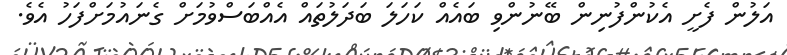
އަލުން ފެށީ އެކުންފުނިން ބޭނުންވި ބައެއް ކަހަލަ ބަދަލުތައް އެއްބަސްވުމަށް ގެނައުމަށްފަހު އެވެ.